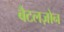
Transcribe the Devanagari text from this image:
बैटलज़ोन